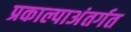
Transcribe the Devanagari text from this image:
प्रकाल्पाअंतर्गत